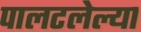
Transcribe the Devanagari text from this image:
पालटलेल्या